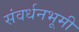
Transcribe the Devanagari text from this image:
संवर्धनभूमी